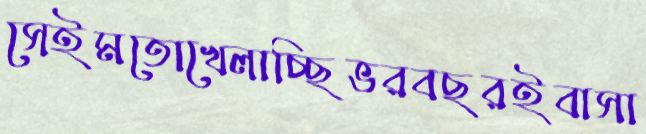
সেইমতোখেলাচ্ছিভরবছরইবাসা